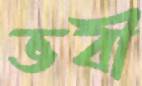
ভবী